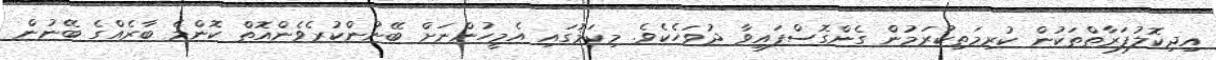
އިދިކޮލުފަރާތްތަކުން ކުރިމަތިކުރަމުން ގެންގޮސްފައިވާ ދުވަހެކެވެ. މިކަމުގައި އެމީހުންނަށް ބޭނުންކުރެވެންއޮތް ކޮންމެ ބާރެއްގެ ބޭނުން